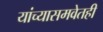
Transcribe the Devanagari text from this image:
यांच्यासमवेतही